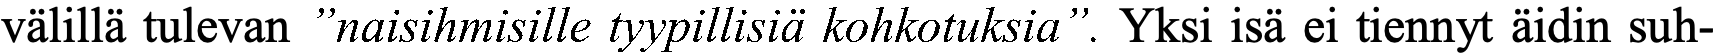
välillä tulevan ”naisihmisille tyypillisiä kohkotuksia”. Yksi isä ei tiennyt äidin suh-